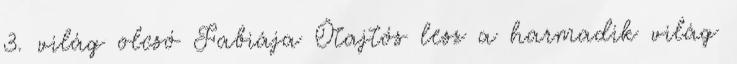
3. világ olcsó Fabiája Ötajtós lesz a harmadik világ